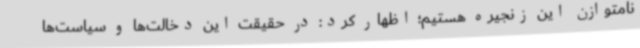
نامتوازن این زنجیره هستیم؛ اظهار کرد: در حقیقت این دخالت‌ها و سیاست‌ها